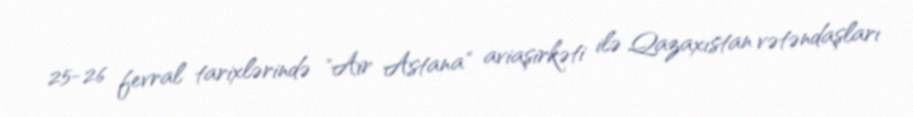
25-26 fevral tarixlərində "Air Astana" aviaşirkəti ilə Qazaxıstan vətəndaşları